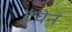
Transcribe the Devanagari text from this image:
टूचेन